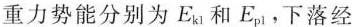
重力势能分别为E_{k1}和E_{p1}，下落经